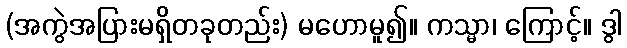
(အကွဲအပြားမရှိတခုတည်း) မဟောမူ၍။ ကသ္မာ၊ ကြောင့်။ ဒွါ